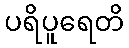
ပရိပူရေတိ